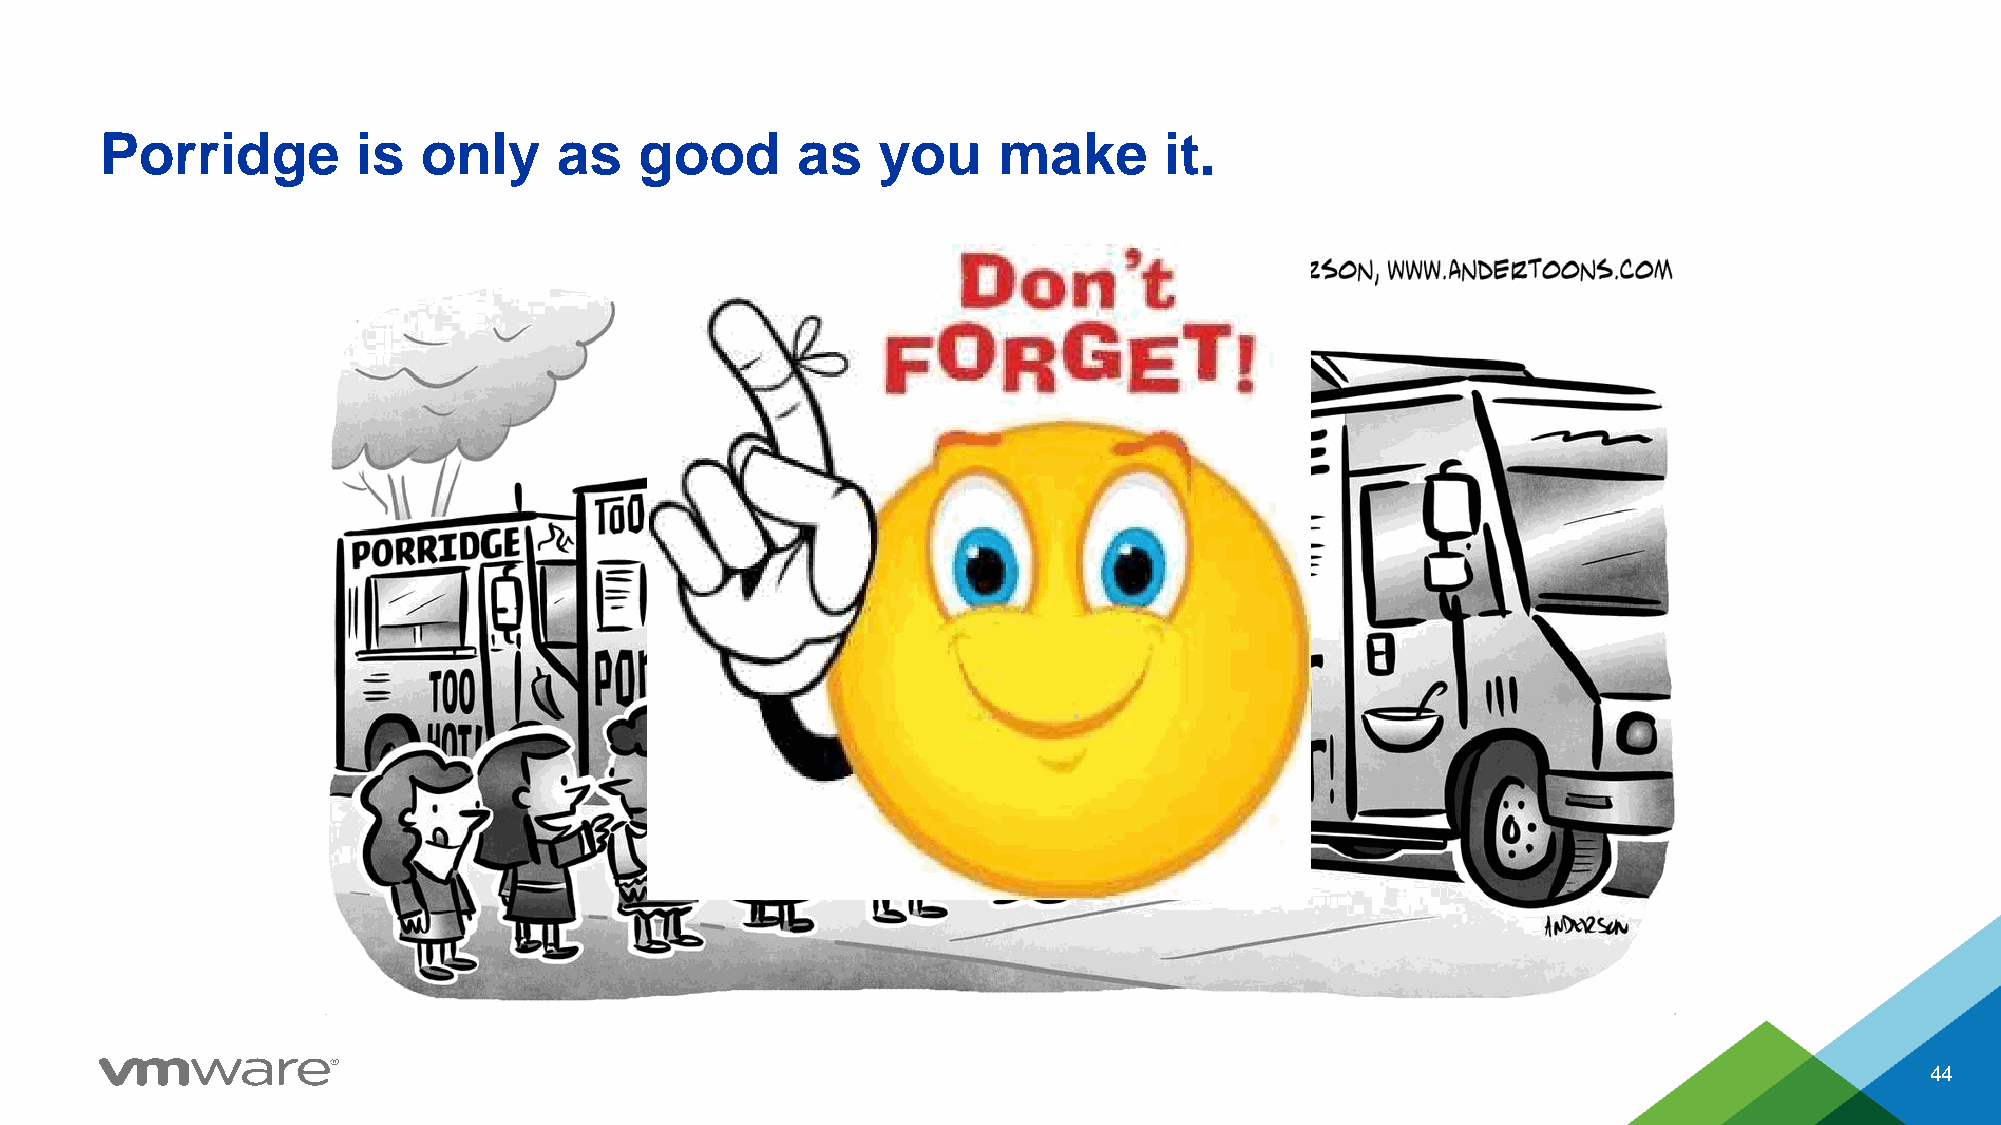
Porridge         is  only     as   good       as   you     make       it.
 44